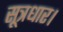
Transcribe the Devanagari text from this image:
सूत्रधार।